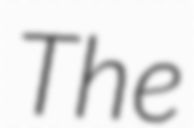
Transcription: The